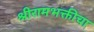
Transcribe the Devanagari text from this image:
श्रीरामभक्तीचा